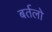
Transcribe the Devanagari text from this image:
बर्तलो